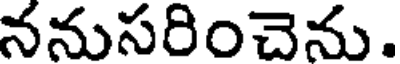
ననుసరించెను.